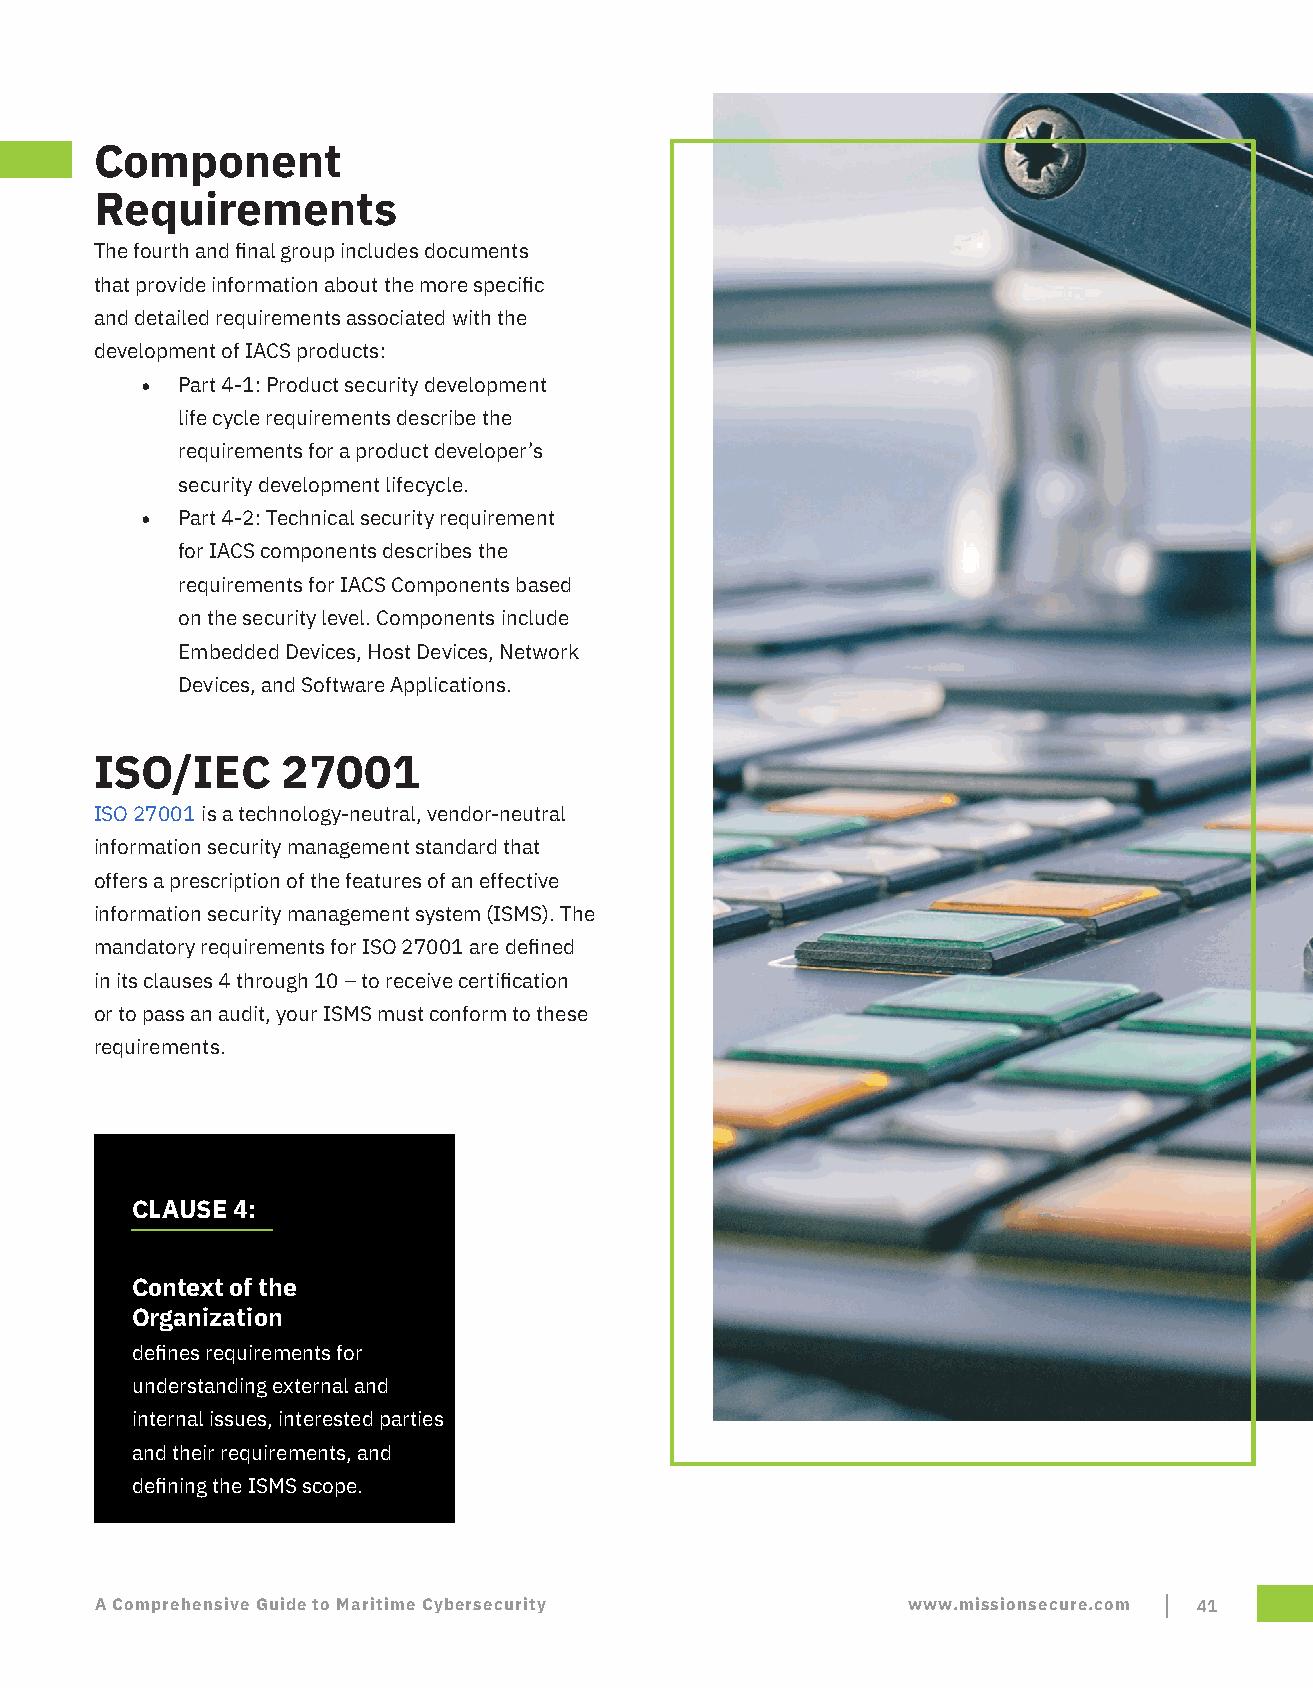
Component
 Requirements
 The fourth and final group includes documents
 that provide information about the more specific
 and detailed requirements associated with the
 development of IACS products:
 •  Part 4-1: Product security development
 life cycle requirements describe the
 requirements for a product developer’s
 security development lifecycle.
 •  Part 4-2: Technical security requirement
 for IACS components describes the
 requirements for IACS Components based
 on the security level. Components include
 Embedded Devices, Host Devices, Network
 Devices, and Software Applications.
 ISO/IEC      27001
 ISO 27001 is a technology-neutral, vendor-neutral
 information security management standard that
 offers a prescription of the features of an effective
 information security management system (ISMS). The
 mandatory requirements for ISO 27001 are defined
 in its clauses 4 through 10 – to receive certification
 or to pass an audit, your ISMS must conform to these
 requirements.
 CLAUSE 4:
 Context of the
 Organization
 defines requirements for
 understanding external and
 internal issues, interested parties
 and their requirements, and
 defining the ISMS scope.
 A Comprehensive Guide to Maritime Cybersecurity       www.missionsecure.com 41